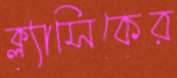
ক্ল্যাসিকের